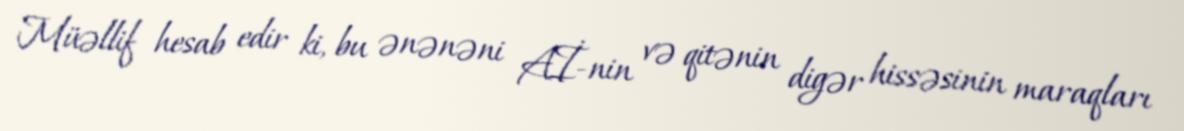
Müəllif hesab edir ki, bu ənənəni Aİ-nin və qitənin digər hissəsinin maraqları